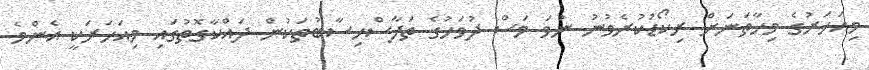
މިއަހަރުގެ މިހާތަނަށް ރިކޯޑުކުރެވުނު ނުވަ މަސް ދުވަހުގެ ތަފާސްހިސާބުތަކުން ދައްކާގޮތުގައި މިއަހަރަކީ އެންމެ